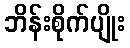
ဘိန်းစိုက်ပျိုး